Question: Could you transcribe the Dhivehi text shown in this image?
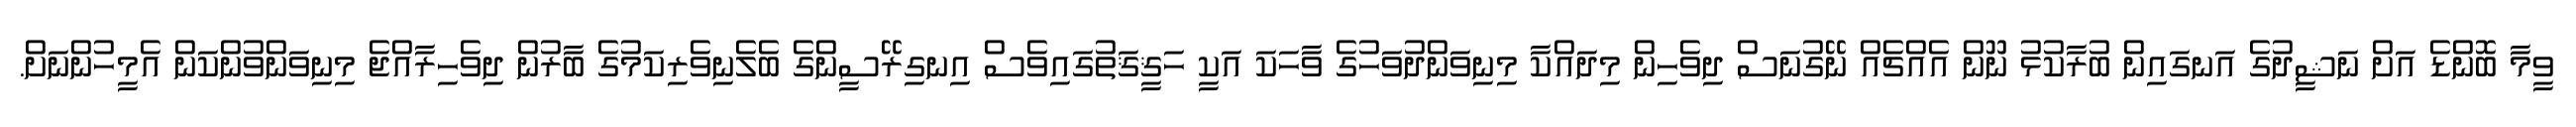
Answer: ވީމާ ބޮންޑެ އަށް ނަޝީދުގެ އަނގައިން ބުރާކުޅު ނޫން އެއްޗެއް ނޭގުނަސް ދިވެހިން މިދައްކާ މިނިވަންދުވަހުގެ ވާހަކަ އަކީ ހަޤީޤަތުގައިވެސް އިނގިރޭސީންގެ ބެލެނިވެރިކަމުގެ ބާރުން ދިވެހިރާއްޖެ މިނިވަންވުންކަން އެމީހުންނަށް.